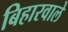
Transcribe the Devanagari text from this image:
बिहारवाले